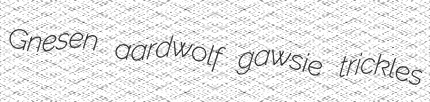
Gnesen aardwolf gawsie trickles